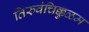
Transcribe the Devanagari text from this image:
तिरुवंचिक्कुळम